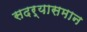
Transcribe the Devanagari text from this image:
सदर्‍यासमान